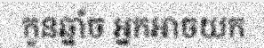
កូនឆ្នាំច អ្នកអាចយក